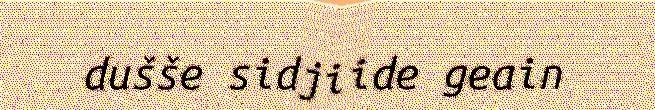
dušše sidjiide geain